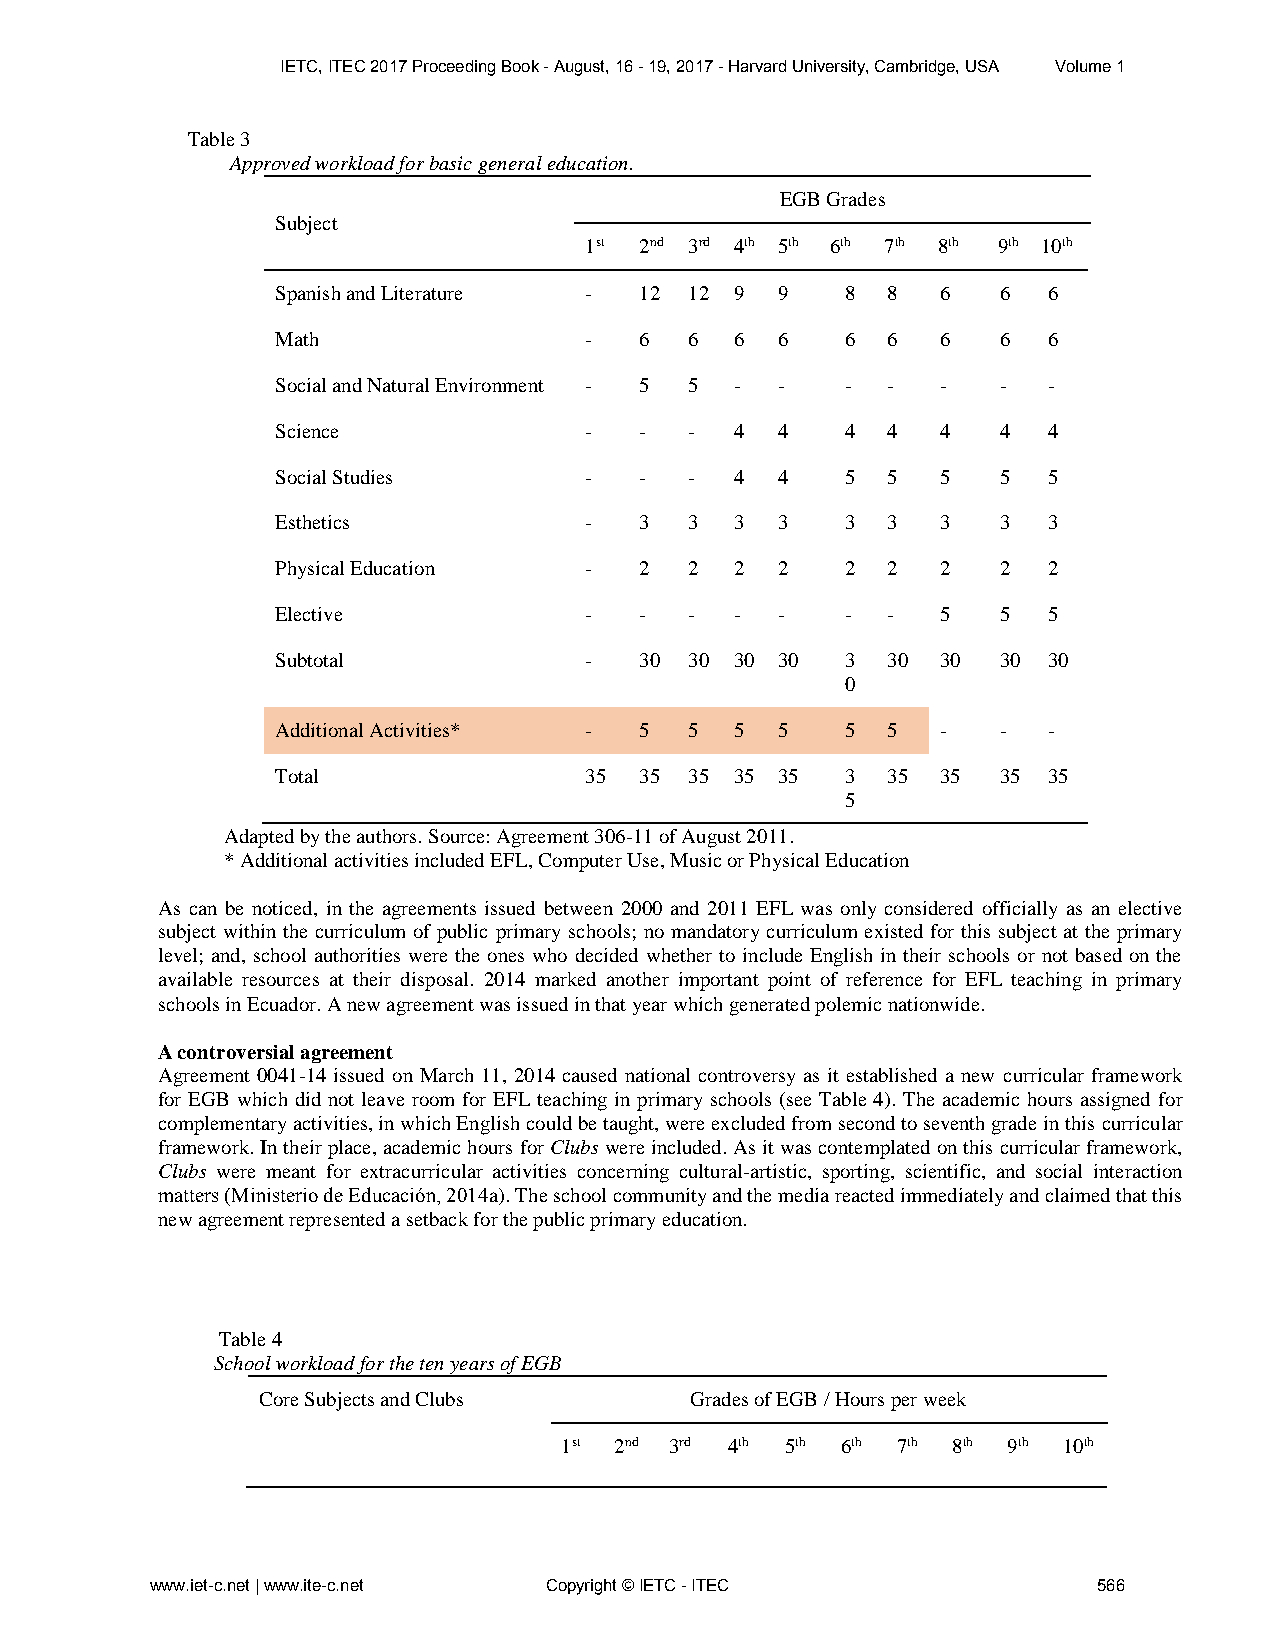
IETC, ITEC 2017 Proceeding Book - August, 16 - 19, 2017 - Harvard University, Cambridge, USA Volume 1
 Table 3
 Approved workload for basic general education.
 EGB Grades
 Subject
 1st 2nd 3rd 4th 5th 6th 7th 8th 9th 10th
 Spanish and Literature - 12 12 9  9   8  8  6   6  6
 Math                 -  6   6  6  6   6  6  6   6  6
 Social and Natural Environment - 5 5 - - - - -  -  -
 Science              -  -   -  4  4   4  4  4   4  4
 Social Studies       -  -   -  4  4   5  5  5   5  5
 Esthetics            -  3   3  3  3   3  3  3   3  3
 Physical Education   -  2   2  2  2   2  2  2   2  2
 Elective             -  -   -  -  -   -  -  5   5  5
 Subtotal             -  30  30 30 30  3  30 30  30 30
 0
 Additional Activities* - 5  5  5  5   5  5  -   -  -
 Total                35 35  35 35 35  3  35 35  35 35
 5
 Adapted by the authors. Source: Agreement 306-11 of August 2011.
 * Additional activities included EFL, Computer Use, Music or Physical Education
 As can be noticed, in the agreements issued between 2000 and 2011 EFL was only considered officially as an elective
 subject within the curriculum of public primary schools; no mandatory curriculum existed for this subject at the primary
 level; and, school authorities were the ones who decided whether to include English in their schools or not based on the
 available resources at their disposal. 2014 marked another important point of reference for EFL teaching in primary
 schools in Ecuador. A new agreement was issued in that year which generated polemic nationwide.
 A controversial agreement
 Agreement 0041-14 issued on March 11, 2014 caused national controversy as it established a new curricular framework
 for EGB which did not leave room for EFL teaching in primary schools (see Table 4). The academic hours assigned for
 complementary activities, in which English could be taught, were excluded from second to seventh grade in this curricular
 framework. In their place, academic hours for Clubs were included. As it was contemplated on this curricular framework,
 Clubs were meant for extracurricular activities concerning cultural-artistic, sporting, scientific, and social interaction
 matters (Ministerio de Educación, 2014a). The school community and the media reacted immediately and claimed that this
 new agreement represented a setback for the public primary education.
 Table 4
 School workload for the ten years of EGB
 Core Subjects and Clubs      Grades of EGB / Hours per week
 1st 2nd 3rd 4th 5th 6th 7th 8th 9th 10th
 www.iet-c.net | www.ite-c.net Copyright © IETC - ITEC          566